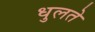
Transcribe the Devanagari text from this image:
धुलते